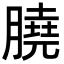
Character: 膮